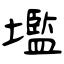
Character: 壏